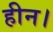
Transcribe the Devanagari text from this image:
हीन।